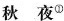
秋夜